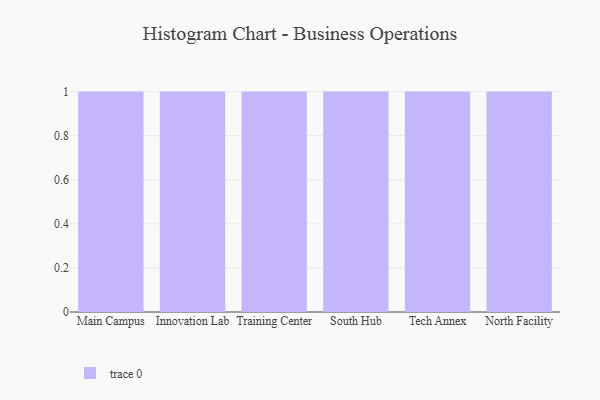
{"axis": {"x": "Campus", "y": "LTV (USD)"}, "legend": [""], "data": [{"x": "Main Campus", "y": 48, "type": ""}, {"x": "Innovation Lab", "y": 93, "type": ""}, {"x": "Training Center", "y": 37, "type": ""}, {"x": "South Hub", "y": 24, "type": ""}, {"x": "Tech Annex", "y": 59, "type": ""}, {"x": "North Facility", "y": 64, "type": ""}]}